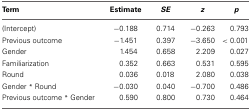
| Term | Estimate | SE | z | p |
 | --- | --- | --- | --- | --- |
 | (Intercept) | −0.188 | 0.714 | −0.263 | 0.793 |
 | Previous outcome | −1.451 | 0.397 | −3.650 | < 0.001 |
 | Gender | 1.454 | 0.658 | 2.209 | 0.027 |
 | Familiarization | 0.352 | 0.663 | 0.531 | 0.595 |
 | Round | 0.036 | 0.018 | 2.080 | 0.038 |
 | Gender * Round | −0.030 | 0.040 | −0.700 | 0.486 |
 | Previous outcome * Gender | 0.590 | 0.800 | 0.730 | 0.464 |